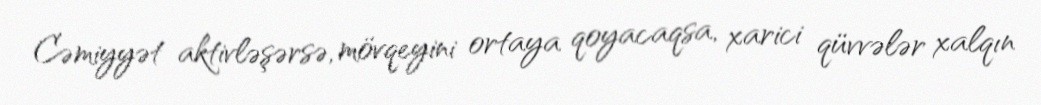
Cəmiyyət aktivləşərsə, mövqeyini ortaya qoyacaqsa, xarici qüvvələr xalqın